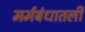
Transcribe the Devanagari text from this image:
मर्मबंधातली